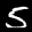
Label: 5